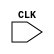
/////////////////a counter between 0 to 13 which counts up to 13 and then counts down to zero and so on
/////we start from zero
////////when flagposneg is 1 it counts up and when zero it counts down
module counter(CLK);
    input wire CLK;
    reg [3:0]counter;
    reg flag = 1'b1;
    reg flagPosNeg = 1'b1;
    always@(posedge CLK)
        begin
            if(flag == 1'b1)
                begin
                    counter = -1;
                    flag = 1'b0;
                end
            if(flag == 1'b0 && counter == 4'b1101)
                begin
                    flagPosNeg = 1'b0;
                end
            if(flag == 1'b0 && counter == 4'b0000)
                begin
                    flagPosNeg = 1'b1;
                end
            if(flag == 1'b0)
                begin
                    if(flagPosNeg == 1'b1)
                        counter = counter + 4'b0001;
                    if(flagPosNeg == 1'b0)
                        counter = counter - 4'b0001;
                end
        end
endmodule